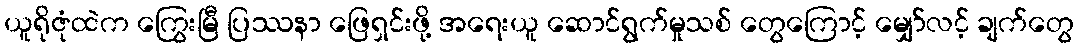
ယူရိုဇုံထဲက ကြွေးမြီ ပြဿနာ ဖြေရှင်းဖို့ အရေးယူ ဆောင်ရွက်မှုသစ် တွေကြောင့် မျှော်လင့် ချက်တွေ